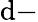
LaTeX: \mathrm{d}-